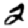
Digit: 2